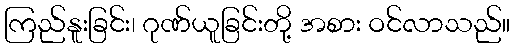
ကြည်နူးခြင်း၊ ဂုဏ်ယူခြင်းတို့ အစား ဝင်လာသည်။